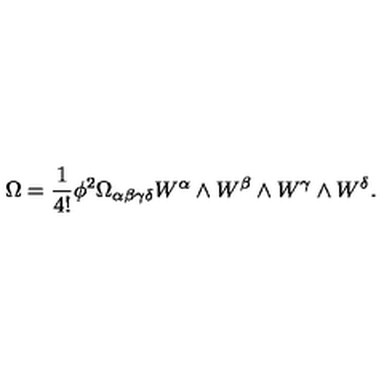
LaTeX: \Omega = \frac { 1 } { 4 ! } \phi ^ { 2 } \Omega _ { \alpha \beta \gamma \delta } W ^ { \alpha } \wedge W ^ { \beta } \wedge W ^ { \gamma } \wedge W ^ { \delta } .